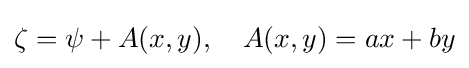
\zeta =\psi +A(x,y),\quad A(x,y)=ax+by